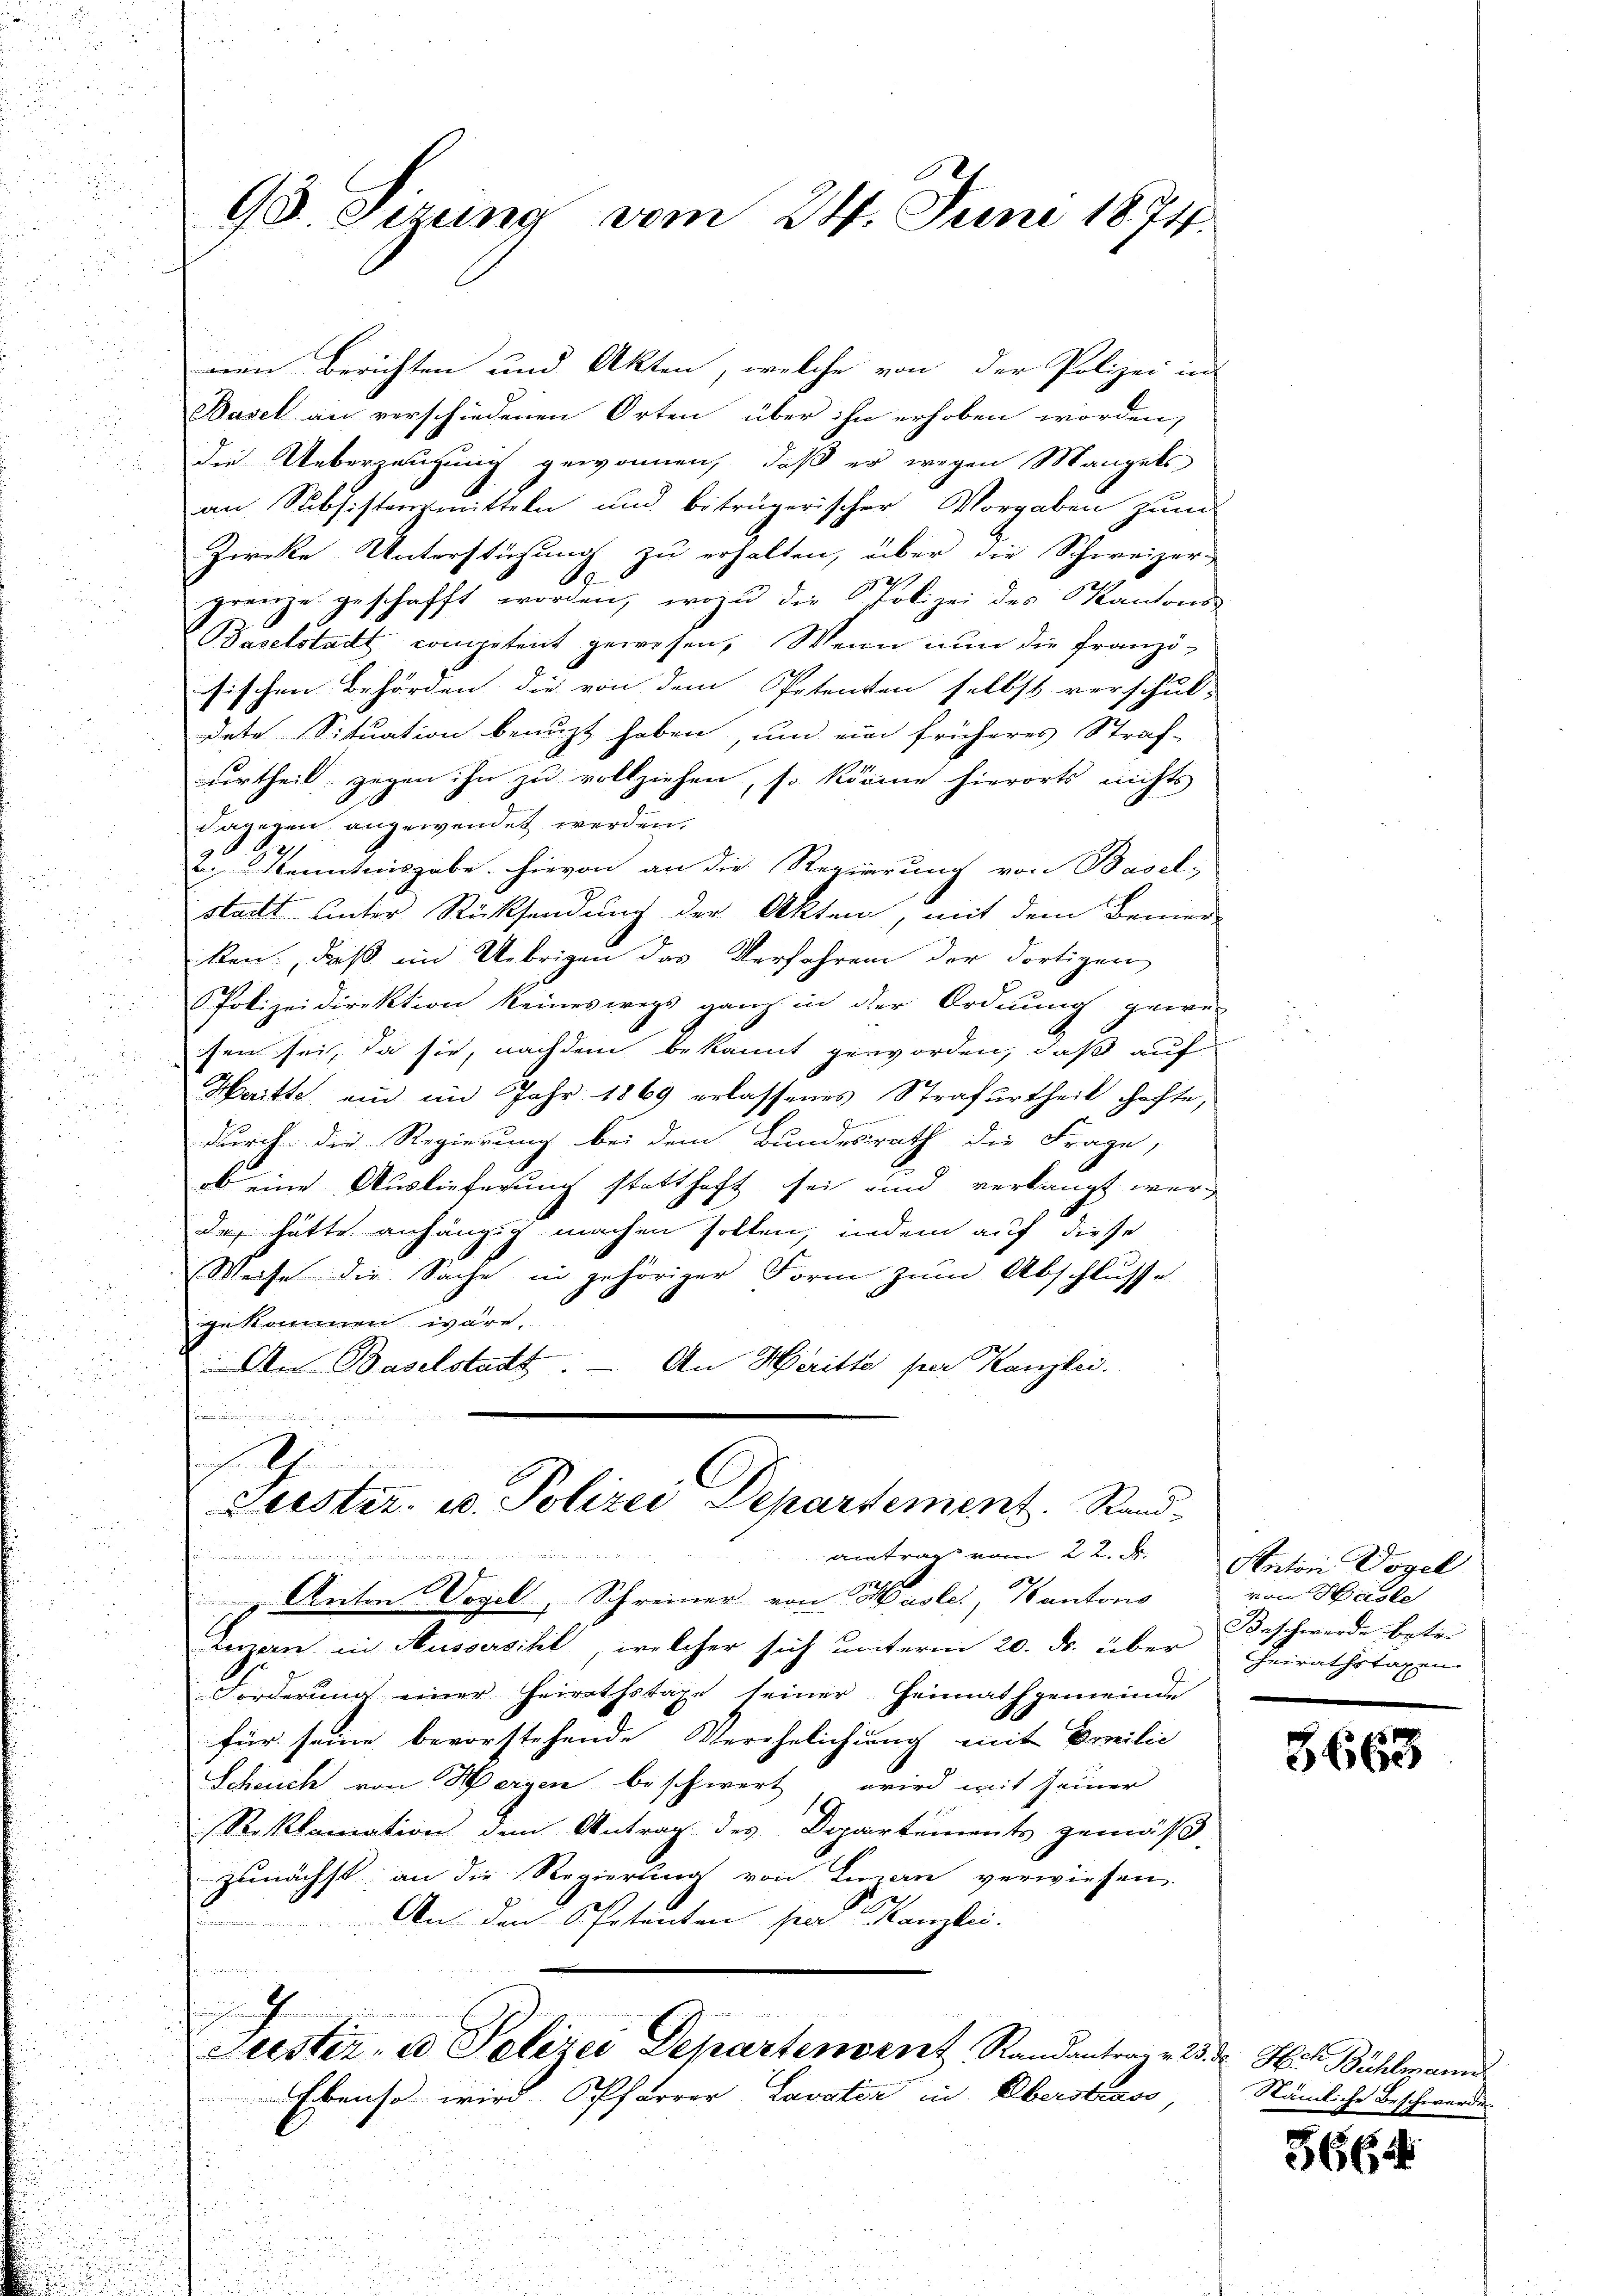
n

u

98. Sizung vom 24. Juni 1874.

nen Berichten und Akten, welche von der Polizei un
Basel an verschiedenen Orten über ihn erhoben worden,
die Ueberzeugung gewonnen, daß er wegen Mangels
an Subsistenzmitteln und betrügerischer Vorgaben zum
Zircke Unterstüzung zu erhalten, über die Schweizer-
grenze geschafft worden, wozu die Polizei des Kantons-
Baselstadt competent gewesen, Wenn nun die franzisischen Behörden, die von dem Petenten selbst verschul-
dete Situation benuzt haben, und ein früheres Straf-
urtheil gegen ihn zu vollziehen, so könne hierorts nichts
dagegen angewendet werden,
2
 Kenntnisgabe. Hievon an die Regierung von Basel-
statt unter Rücksendung der Akten, mit dem Bemer-
ken, daß im Uebrigen das Verfahren der dortigen
Polizeidirektion keineswegs ganz in der Ordnung gewe-
sen sei, da sie, nachdem bekannt geworden, daß auf
Haitte ein im Jahr 1869 erlassenes Strafurtheil hachte,
durch die Regierung bei dem Bundesrath die Frage,
ob eine Auslieferung statthaft sei und verlangt wer
de, hätte anhängig machen sollen, indem auf diese
Weise die Sache in gehöriger Form zum Abschlusse
gekommen wäre,
An Baselstadt. — An Heritte per Kanzlei.
.
G
Leister- u. Polizei Departement. Rand-
antrage vom 22. A. Anton Vogel
 Anton Vogel, Schreiner von Hüsler, Kantons
Luzern in Aussersihl, welcher sich unterm 20. ds. über Heirathstagen
Forderung einer Heirathstage seiner Heimathgemeinde
für seine bevorstehende Verehelichung mit Emilie
Scheuch von Herzen beschwert, wird mit seiner
Reklamation dem Antrag des Departements gemäß,
zunächst, an die Regierung von Luzern verwiesen.
An den Petenten per Canzlei.
nmeisten
Suester, ed Polizei Departement, Randantrage 2. r. Hch. Bühlmann
Ebenso wird Pfarrer Lavatia in Überstrass,
.
.
¬
.

von Hasle
Beschwerde betri

5663

Nämliche Beschwerde.

3664